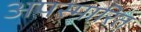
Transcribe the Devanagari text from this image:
अपस्मारित